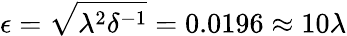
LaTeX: \epsilon=\sqrt{\lambda^{2}\delta^{-1}}=0.0196\approx 10\lambda